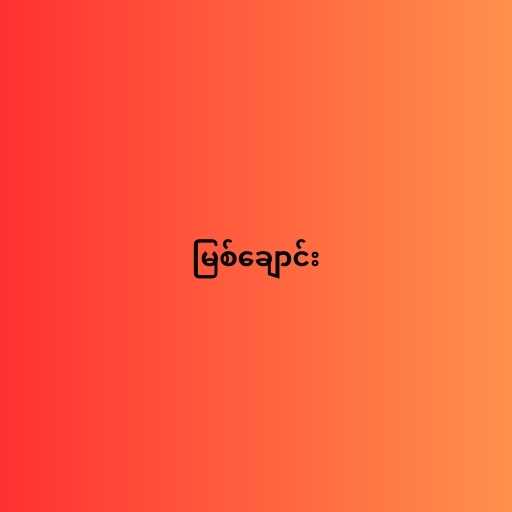
မြစ်ချောင်း